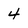
Character: 4